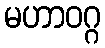
မဟာဝဂ္ဂ